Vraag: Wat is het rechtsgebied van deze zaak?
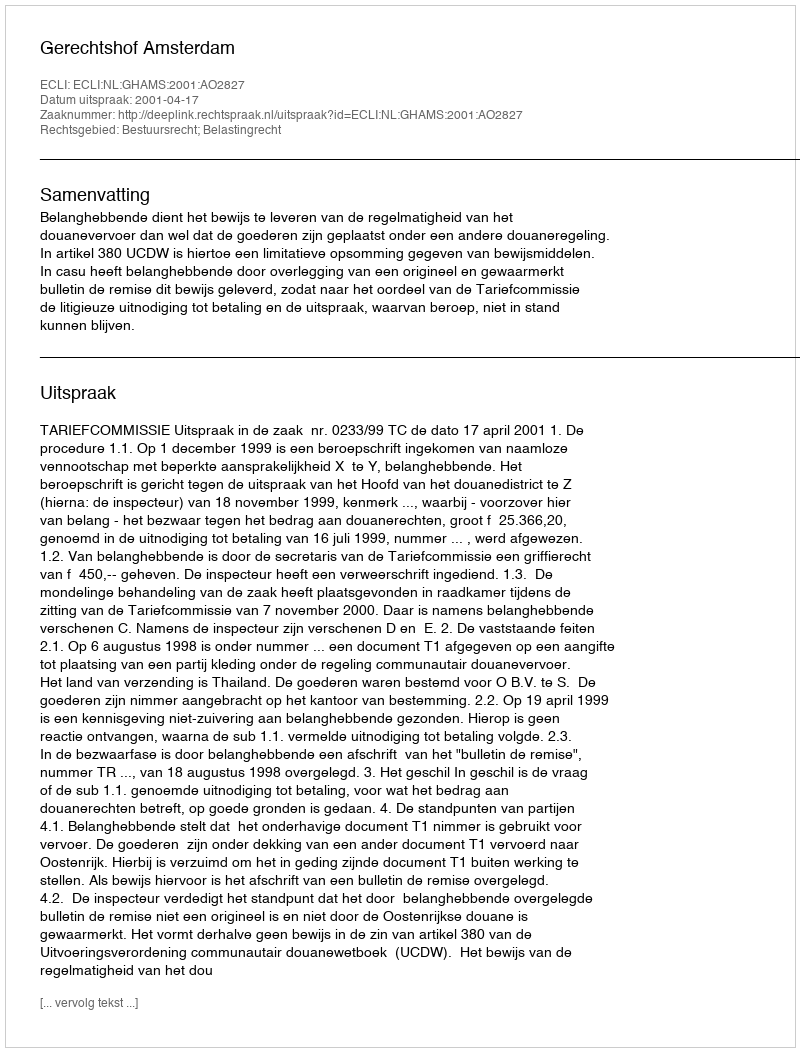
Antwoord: Bestuursrecht; Belastingrecht